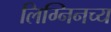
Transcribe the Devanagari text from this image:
लिग्निनच्य